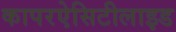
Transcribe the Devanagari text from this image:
कापरऐसिटीलाइड